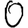
Digit: 0